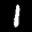
Label: 1